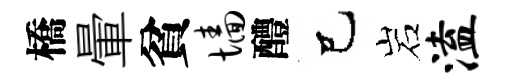
橋暈貧墙醴己岩溘